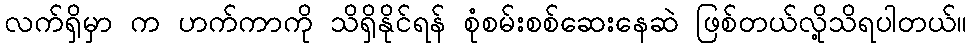
လက်ရှိမှာ က ဟက်ကာကို သိရှိနိုင်ရန် စုံစမ်းစစ်ဆေးနေဆဲ ဖြစ်တယ်လို့သိရပါတယ်။